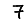
Digit: 7